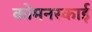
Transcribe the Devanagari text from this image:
कोमनस्काई